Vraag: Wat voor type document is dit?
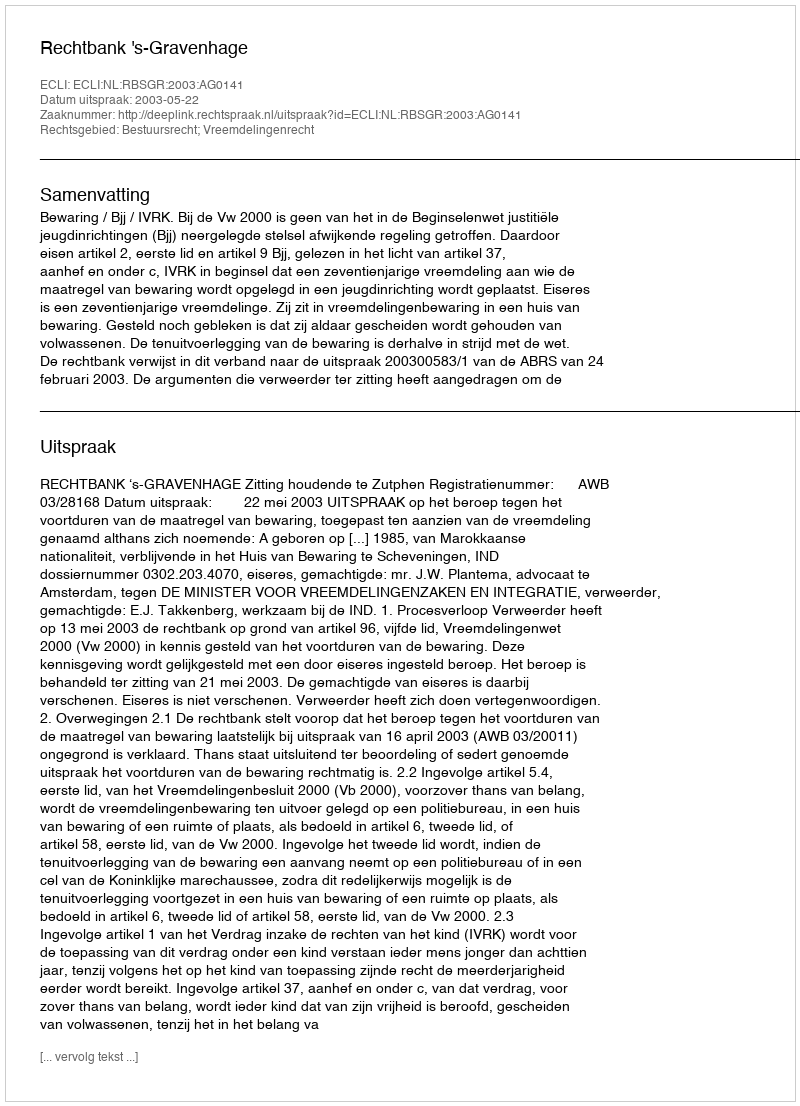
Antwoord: Uitspraak